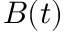
B ( t )